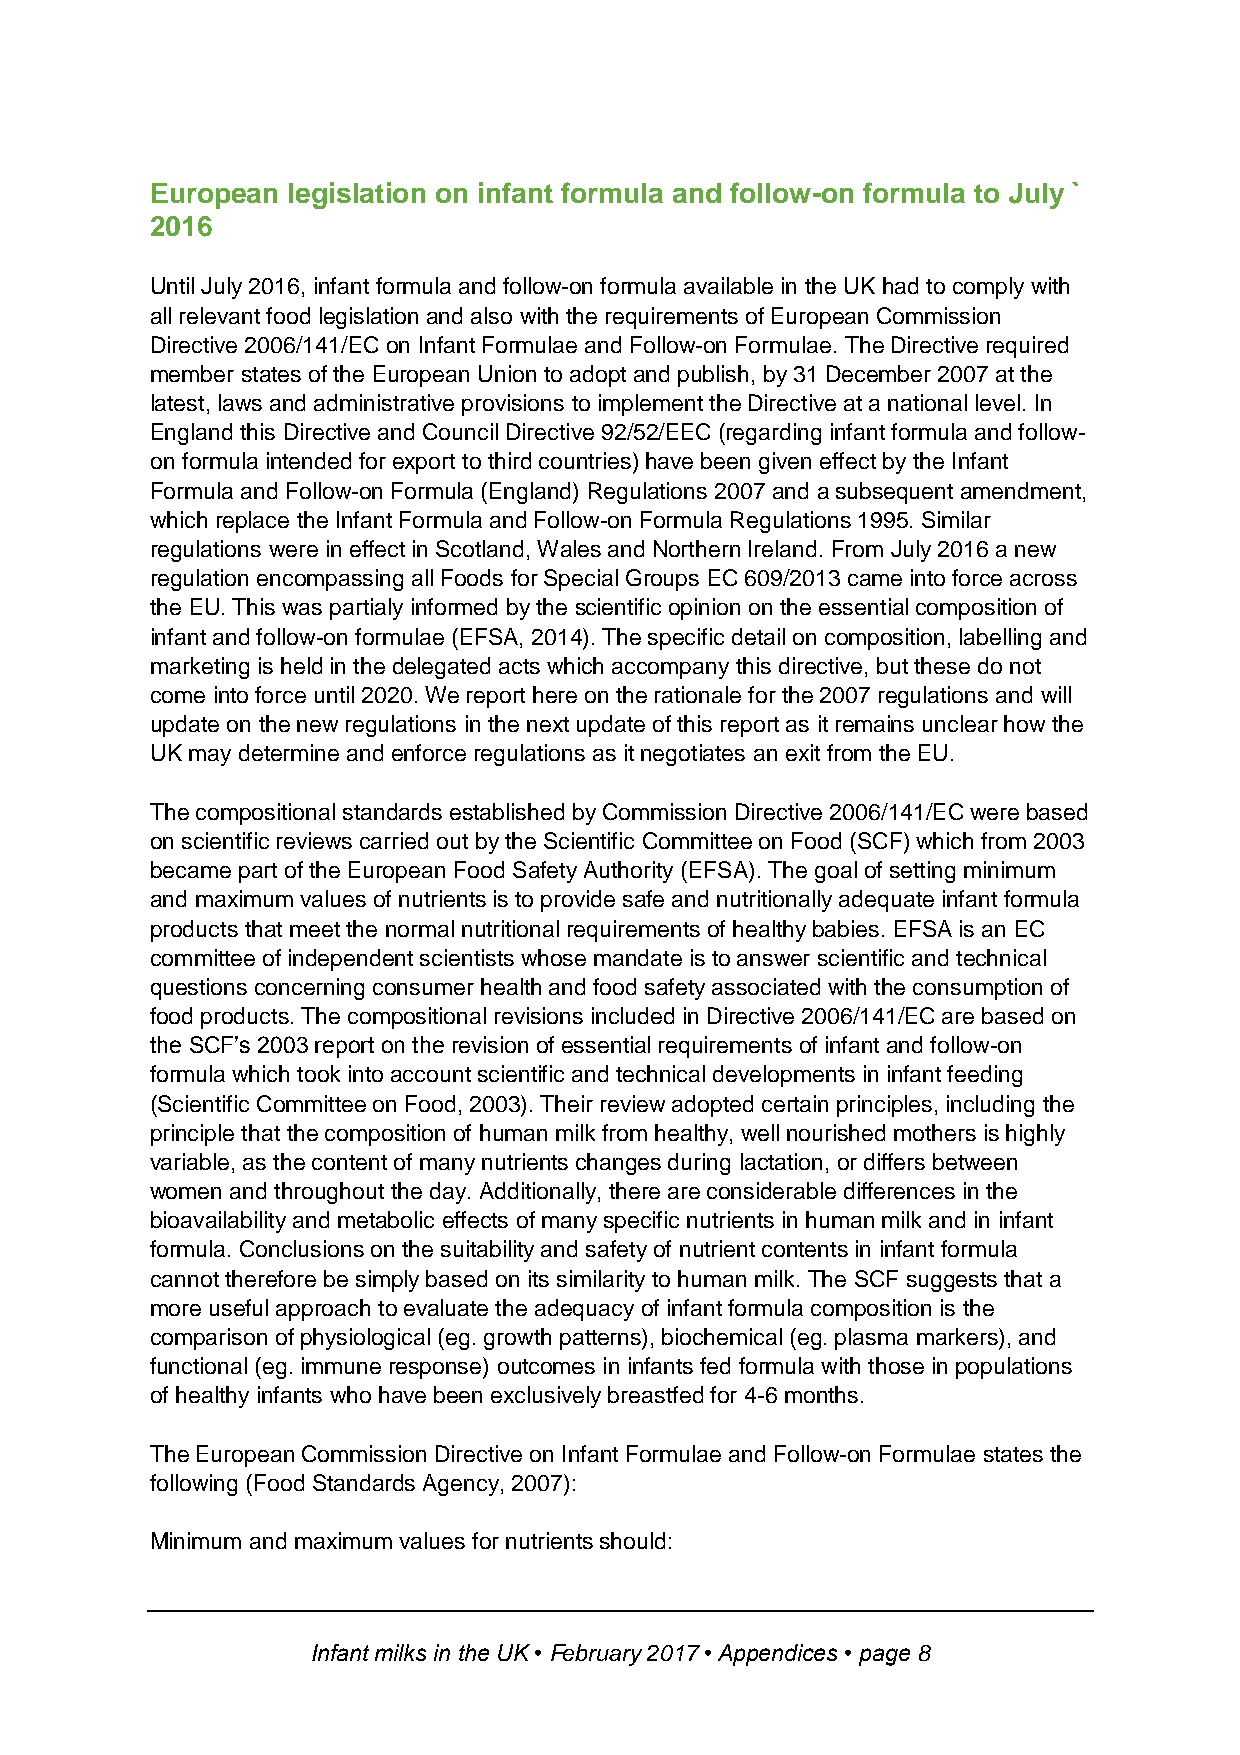
European legislation on infant formula and follow-on formula to July `
 2016
 Until July 2016, infant formula and follow-on formula available in the UK had to comply with
 all relevant food legislation and also with the requirements of European Commission
 Directive 2006/141/EC on Infant Formulae and Follow-on Formulae. The Directive required
 member states of the European Union to adopt and publish, by 31 December 2007 at the
 latest, laws and administrative provisions to implement the Directive at a national level. In
 England this Directive and Council Directive 92/52/EEC (regarding infant formula and follow-
 on formula intended for export to third countries) have been given effect by the Infant
 Formula and Follow-on Formula (England) Regulations 2007 and a subsequent amendment,
 which replace the Infant Formula and Follow-on Formula Regulations 1995. Similar
 regulations were in effect in Scotland, Wales and Northern Ireland. From July 2016 a new
 regulation encompassing all Foods for Special Groups EC 609/2013 came into force across
 the EU. This was partialy informed by the scientific opinion on the essential composition of
 infant and follow-on formulae (EFSA, 2014). The specific detail on composition, labelling and
 marketing is held in the delegated acts which accompany this directive, but these do not
 come into force until 2020. We report here on the rationale for the 2007 regulations and will
 update on the new regulations in the next update of this report as it remains unclear how the
 UK may determine and enforce regulations as it negotiates an exit from the EU.
 The compositional standards established by Commission Directive 2006/141/EC were based
 on scientific reviews carried out by the Scientific Committee on Food (SCF) which from 2003
 became part of the European Food Safety Authority (EFSA). The goal of setting minimum
 and maximum values of nutrients is to provide safe and nutritionally adequate infant formula
 products that meet the normal nutritional requirements of healthy babies. EFSA is an EC
 committee of independent scientists whose mandate is to answer scientific and technical
 questions concerning consumer health and food safety associated with the consumption of
 food products. The compositional revisions included in Directive 2006/141/EC are based on
 the SCF’s 2003 report on the revision of essential requirements of infant and follow-on
 formula which took into account scientific and technical developments in infant feeding
 (Scientific Committee on Food, 2003). Their review adopted certain principles, including the
 principle that the composition of human milk from healthy, well nourished mothers is highly
 variable, as the content of many nutrients changes during lactation, or differs between
 women and throughout the day. Additionally, there are considerable differences in the
 bioavailability and metabolic effects of many specific nutrients in human milk and in infant
 formula. Conclusions on the suitability and safety of nutrient contents in infant formula
 cannot therefore be simply based on its similarity to human milk. The SCF suggests that a
 more useful approach to evaluate the adequacy of infant formula composition is the
 comparison of physiological (eg. growth patterns), biochemical (eg. plasma markers), and
 functional (eg. immune response) outcomes in infants fed formula with those in populations
 of healthy infants who have been exclusively breastfed for 4-6 months.
 The European Commission Directive on Infant Formulae and Follow-on Formulae states the
 following (Food Standards Agency, 2007):
 Minimum and maximum values for nutrients should:
 Infant milks in the UK • February 2017 • Appendices • page 8